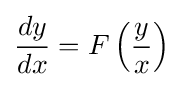
{\frac {dy}{dx}}=F\left({\frac {y}{x}}\right)